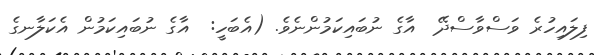
ފިލައިހުރެ ވަސްވާސްދޭ  އާގެ ނުބައިކަމުންނެވެ. (އެބަހީ:  އާގެ ނުބައިކަމުން އެކަލާނގެ